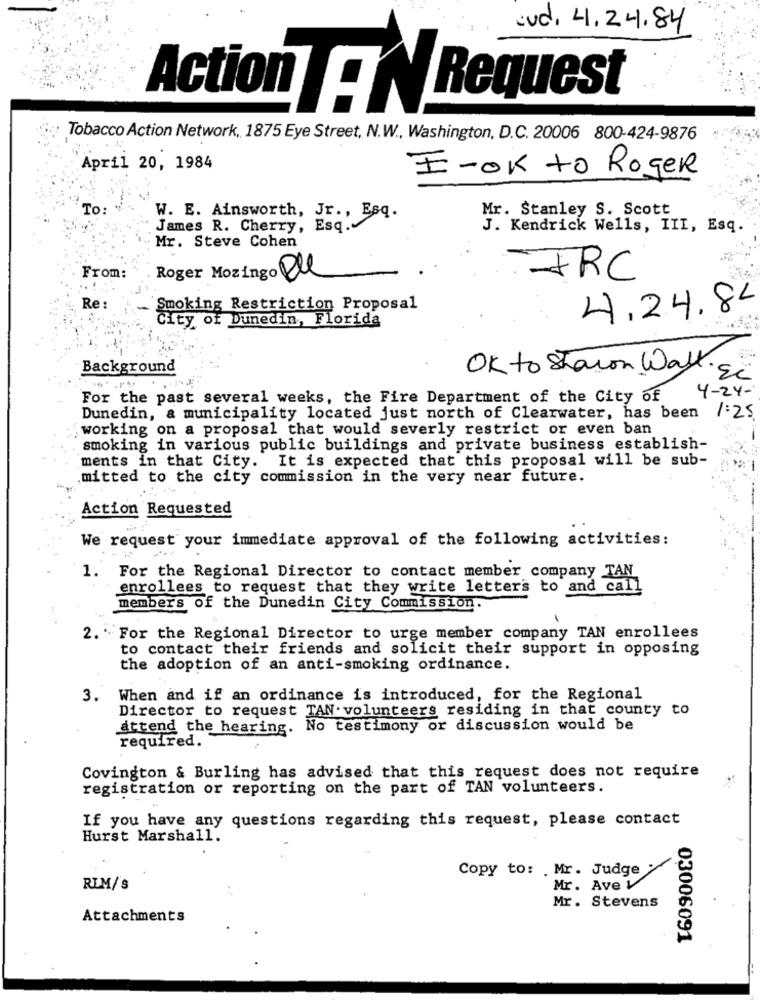
evd. 4.24.84
Action AN Request
Tobacco Action Network, 1875 Eye Street, N.W ., Washington, D.C. 20006 800-424-9876
April 20, 1984
I-Ok to Roger
To:
. .
Mr. Stanley S. Scott
W. E. Ainsworth, Jr ., Esq.
James R. Cherry, Esq.
J. Kendrick Wells, III, Esq.
Mr. Steve Cohen
From:
Roger Mozingo de
-IRC
...
Re :
Smoking Restriction Proposal
4.24.84
City of Dunedin, Florida
Background
OK to Staron Wall.
si
4-24-
For the past several weeks, the Fire Department of the City of
Dunedin, a municipality located just north of Clearwater, has been
1:25
working on a proposal that would severly restrict or even ban
smoking in various public buildings and private business establish-
It is expected that this proposal will be sub-
ments in that City.
mitted to the city commission in the very near future.
Action Requested
We request your immediate approval of the following activities:
1. For the Regional Director to contact member company TAN
enrollees to request that they write letters to and call
members of the Dunedin City Commission.
2. ' For the Regional Director to urge member company TAN enrollees
to contact their friends and solicit their support in opposing
the adoption of an anti-smoking ordinance.
3.
When and if an ordinance is introduced, for the Regional
Director to request TAN. volunteers residing in that county to
attend the hearing. No testimony or discussion would be
required.
Covington & Burling has advised that this request does not require
registration or reporting on the part of TAN volunteers.
If you have any questions regarding this request, please contact
Hurst Marshall.
Copy to: Mr. Judge
RIM/'S
Mr. Ave L
Mr. Stevens
Attachments
03006091